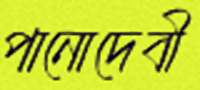
পানোদেবী